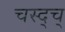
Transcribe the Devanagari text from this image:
चस्द्च्